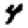
Digit: 4